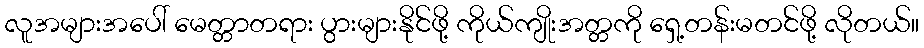
လူအများအပေါ် မေတ္တာတရား ပွားများနိုင်ဖို့ ကိုယ်ကျိုးအတ္တကို ရှေ့တန်းမတင်ဖို့ လိုတယ်။